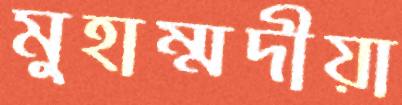
মুহাম্মদীয়া